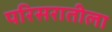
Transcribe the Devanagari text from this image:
परिसरातीला